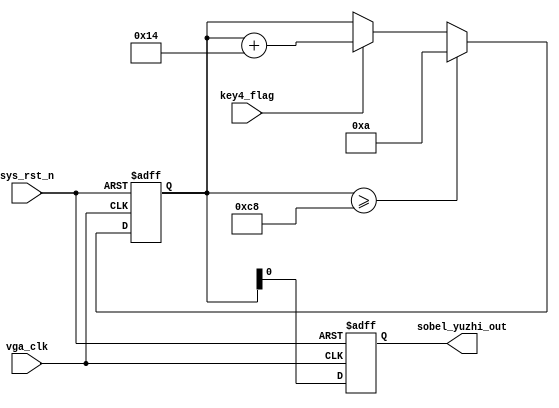

	module  SOBEL_YUZHI
	(
		 input   wire            vga_clk     ,   //,25MHz
		 input   wire            sys_rst_n   ,   //,
		
		 input wire key4_flag,
		
		 output reg sobel_yuzhi_out
		
		
	);
	
	
	reg [7:0] yuzhi = 8'd10;
	
	always @ (posedge vga_clk or negedge sys_rst_n)
	begin 
		if(~sys_rst_n)
			begin 
				yuzhi <= 8'd10;
			end 
		else if(yuzhi >= 8'd200)
			begin 
				yuzhi <= 8'd10;
			end 
		else if(key4_flag)
			begin 
				yuzhi <= yuzhi + 20;
			end 
	end 
	
	
	always @ (posedge vga_clk or negedge sys_rst_n)
	begin 
		if(~sys_rst_n)
			begin 
				sobel_yuzhi_out <= 8'd15;
			end 
		else 
			begin 
				sobel_yuzhi_out <= yuzhi;
			end 
	end 
	
	
	
	
	
	
	
	
	
	
	
	endmodule